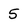
Character: 5